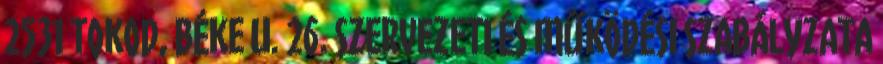
2531 TOKOD, BÉKE U. 26. SZERVEZETI ÉS MŰKÖDÉSI SZABÁLYZATA